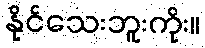
နိုင်သေးဘူးကိုး။